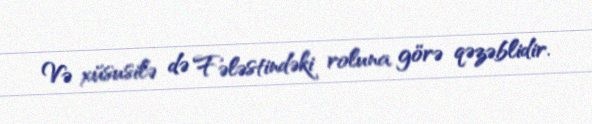
Və xüsusilə də Fələstindəki roluna görə qəzəblidir.